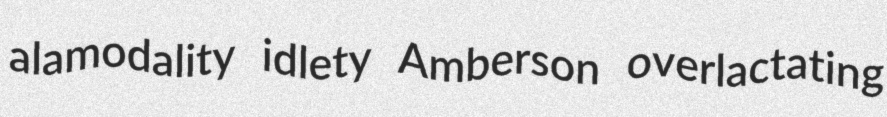
alamodality idlety Amberson overlactating